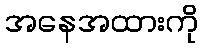
အနေအထားကို